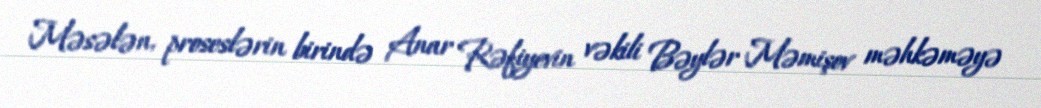
Məsələn, proseslərin birində Anar Rəfiyevin vəkili Bəylər Məmişov məhkəməyə